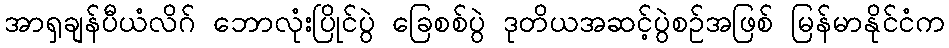
အာရှချန်ပီယံလိဂ် ဘောလုံးပြိုင်ပွဲ ခြေစစ်ပွဲ ဒုတိယအဆင့်ပွဲစဉ်အဖြစ် မြန်မာနိုင်ငံက